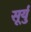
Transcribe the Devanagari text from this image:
सूर्यु